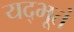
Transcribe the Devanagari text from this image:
यद्भूतं